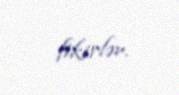
fikirlər.